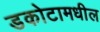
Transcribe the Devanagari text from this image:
डकोटामधील